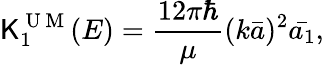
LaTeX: {\mathsf{K}_{1}^{\mathrm{{~U~M~}}}(E)=\frac{{12\pi\hbar}}{{\mu}}(k\bar{{a}})^{2}\bar{{a_{1}}},}